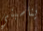
يناسبني